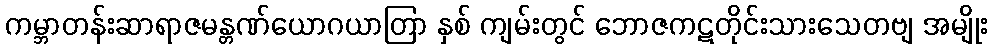
ကမ္ဘာတန်းဆာရာဇမန္တဏ်ယောဂယာတြာ နှစ် ကျမ်းတွင် ဘောဇကဋတိုင်းသားသေတဗျ အမျိုး